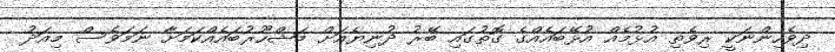
ދިވެހިންނަކީ ރިވެތި އުޅުމެއް އުޅޭބައެއްގެ ގޮތުގައި ބޭރު ދުނިޔެއަށް މަޝްހޫރުބައެއްކަމަށާ ނަމަވެސް މިއަދު